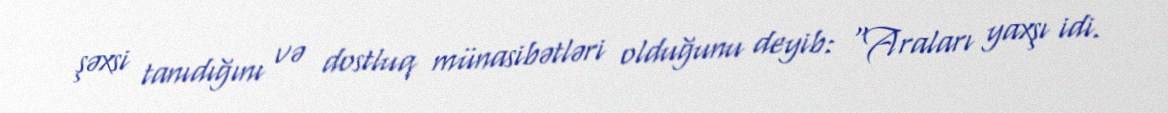
şəxsi tanıdığını və dostluq münasibətləri olduğunu deyib: "Araları yaxşı idi.